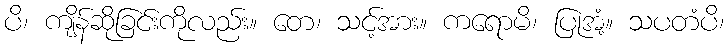
ပိ၊ ကျိန်ဆိုခြင်းကိုလည်း။ တေ၊ သင့်အား။ ကရောမိ၊ ပြုအံ့။ သပတံပိ၊